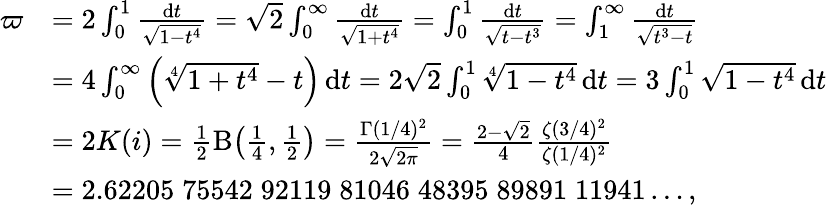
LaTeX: {\begin{array}{rl}{\varpi}&{=2\int_{0}^{1}{\frac{\mathrm{d}t}{\sqrt{1-t^{4}}}}={\sqrt{2}}\int_{0}^{\infty}{\frac{\mathrm{d}t}{\sqrt{1+t^{4}}}}=\int_{0}^{1}{\frac{\mathrm{d}t}{\sqrt{t-t^{3}}}}=\int_{1}^{\infty}{\frac{\mathrm{d}t}{\sqrt{t^{3}-t}}}}\\ &{=4\int_{0}^{\infty}{\Bigl(}{\sqrt[{4}]{1+t^{4}}}-t{\Bigr)}\, \mathrm{d}t=2{\sqrt{2}}\int_{0}^{1}{\sqrt[{4}]{1-t^{4}}}\mathop{\mathrm{d}t}=3\int_{0}^{1}{\sqrt{1-t^{4}}}\, \mathrm{d}t}\\ &{=2K(i)={\frac{1}{2}}\mathrm{B}{\bigl(}{\frac{1}{4}},{\frac{1}{2}}{\bigr)}={\frac{\Gamma(1/4)^{2}}{2{\sqrt{2\pi}}}}={\frac{2-{\sqrt{2}}}{4}}{\frac{\zeta(3/4)^{2}}{\zeta(1/4)^{2}}}}\\ &{=2.62205\; 75542\; 92119\; 81046\; 48395\; 89891\; 11941\ldots,}\end{array}}